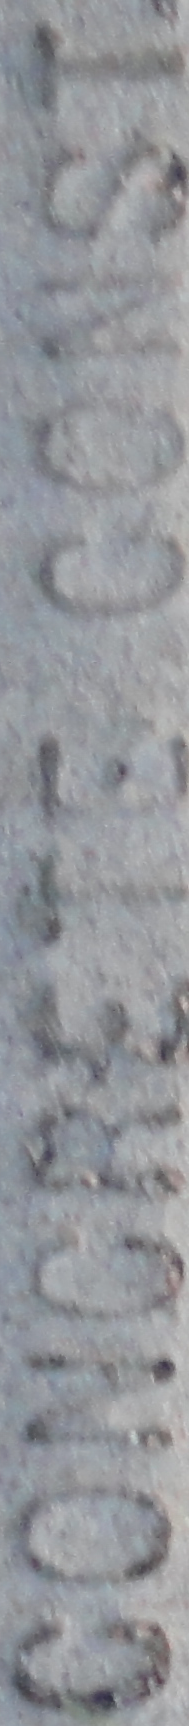
CONCRETE CONST.